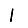
Digit: 1